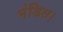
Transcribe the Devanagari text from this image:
मंडित।